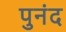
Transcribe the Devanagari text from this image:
पुनंद